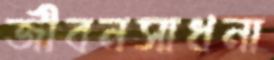
জীবনসাধনা